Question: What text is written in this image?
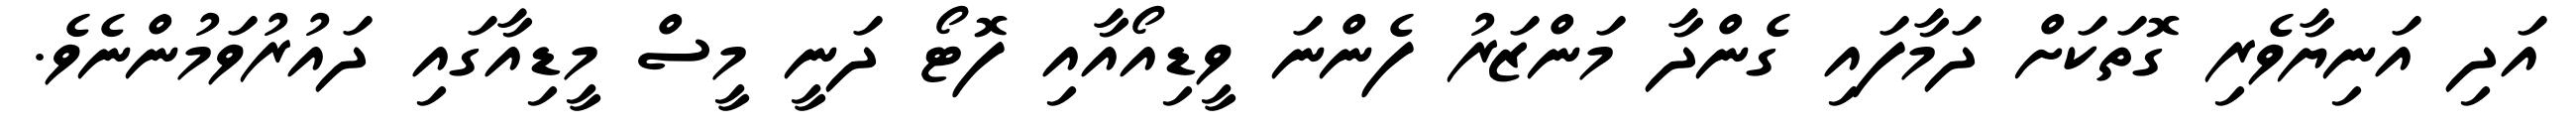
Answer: އަދި އަނިޔާވެރި ގޮތަކަށް ދަމާފައި ގެންދާ މަންޒަރު ފެންނަ ވީޑިއޯއާއި ފޮޓޯ ދަނީ މީސް މީޑިއާގައި ދައުރުވަމުންނެވެ.